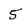
Character: 5